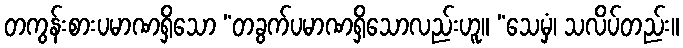
တကွန်းစားပမာဏရှိသော “တခွက်ပမာဏရှိသောလည်းဟူ။ “သေမှံ၊ သလိပ်တည်း။